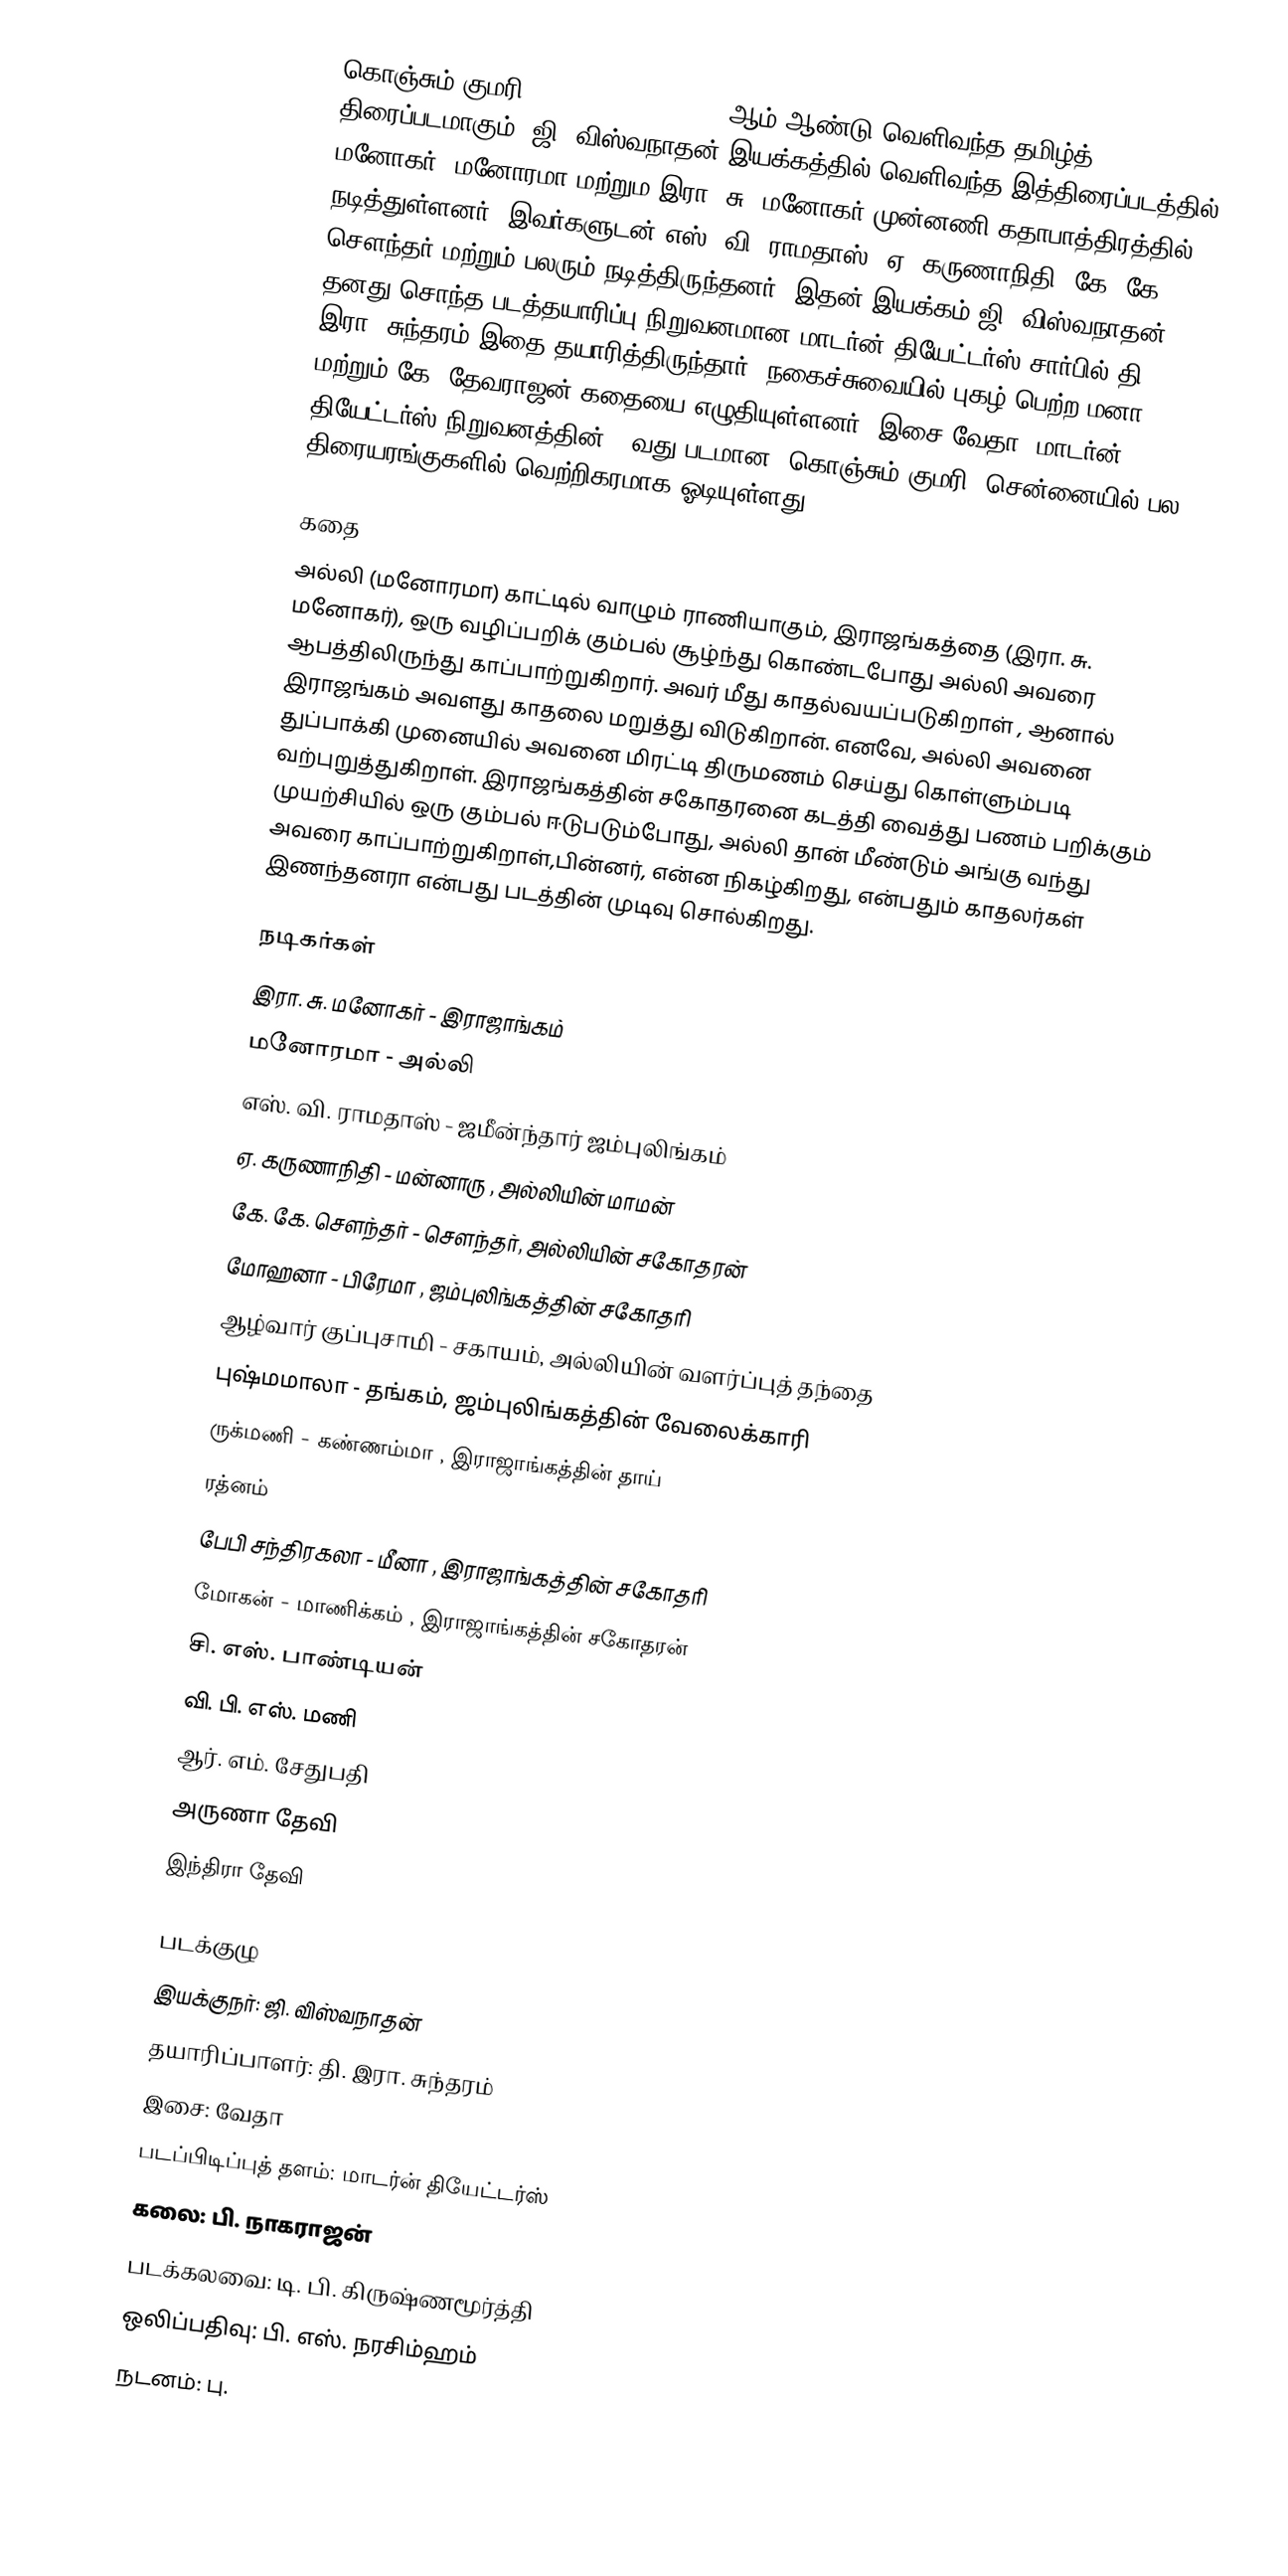
கொஞ்சும் குமரி (Konjum Kumari) 1963 ஆம் ஆண்டு வெளிவந்த தமிழ்த் திரைப்படமாகும். ஜி. விஸ்வநாதன் இயக்கத்தில் வெளிவந்த இத்திரைப்படத்தில் மனோகர், மனோரமா மற்றும இரா. சு. மனோகர்  முன்னணி கதாபாத்திரத்தில் நடித்துள்ளனர். இவர்களுடன் எஸ். வி. ராமதாஸ், ஏ. கருணாநிதி ,கே. கே. சௌந்தர் மற்றும் பலரும் நடித்திருந்தனர். இதன் இயக்கம் ஜி. விஸ்வநாதன், தனது சொந்த படத்தயாரிப்பு நிறுவனமான மாடர்ன் தியேட்டர்ஸ் சார்பில்  தி. இரா. சுந்தரம் இதை தயாரித்திருந்தார். நகைச்சுவையில் புகழ் பெற்ற மனா மற்றும் கே. தேவராஜன் கதையை எழுதியுள்ளனர். இசை வேதா.  மாடர்ன் தியேட்டர்ஸ் நிறுவனத்தின் 99வது படமான "கொஞ்சும் குமரி" சென்னையில் பல திரையரங்குகளில் வெற்றிகரமாக ஓடியுள்ளது .

கதை
அல்லி (மனோரமா) காட்டில் வாழும் ராணியாகும், இராஜங்கத்தை (இரா. சு. மனோகர்), ஒரு வழிப்பறிக் கும்பல் சூழ்ந்து கொண்டபோது அல்லி அவரை ஆபத்திலிருந்து காப்பாற்றுகிறார். அவர் மீது காதல்வயப்படுகிறாள் , ஆனால் இராஜங்கம் அவளது காதலை மறுத்து விடுகிறான். எனவே, அல்லி அவனை துப்பாக்கி முனையில் அவனை மிரட்டி திருமணம் செய்து கொள்ளும்படி வற்புறுத்துகிறாள். இராஜங்கத்தின் சகோதரனை கடத்தி வைத்து பணம் பறிக்கும் முயற்சியில் ஒரு கும்பல் ஈடுபடும்போது, அல்லி தான் மீண்டும் அங்கு வந்து அவரை காப்பாற்றுகிறாள்,பின்னர், என்ன நிகழ்கிறது, என்பதும் காதலர்கள் இணந்தனரா என்பது படத்தின் முடிவு சொல்கிறது.

நடிகர்கள்
 இரா. சு. மனோகர்   - இராஜாங்கம்
 மனோரமா  - அல்லி
 எஸ். வி. ராமதாஸ்  - ஜமீன்ந்தார் ஜம்புலிங்கம்
 ஏ. கருணாநிதி   - மன்னாரு , அல்லியின் மாமன்
 கே. கே. சௌந்தர் - சௌந்தர், அல்லியின் சகோதரன்
 மோஹனா  - பிரேமா , ஜம்புலிங்கத்தின் சகோதரி
 ஆழ்வார் குப்புசாமி - சகாயம், அல்லியின் வளர்ப்புத் தந்தை
 புஷ்மமாலா - தங்கம், ஜம்புலிங்கத்தின் வேலைக்காரி
 ருக்மணி  - கண்ணம்மா , இராஜாங்கத்தின் தாய்
 ரத்னம்
 பேபி சந்திரகலா - மீனா , இராஜாங்கத்தின் சகோதரி
 மோகன் - மாணிக்கம் , இராஜாங்கத்தின் சகோதரன்
 சி. எஸ். பாண்டியன்
 வி. பி. எஸ். மணி
 ஆர். எம். சேதுபதி
 அருணா தேவி
 இந்திரா தேவி

படக்குழு
 இயக்குநர்: ஜி. விஸ்வநாதன்
 தயாரிப்பாளர்: தி. இரா. சுந்தரம்
 இசை: வேதா
 படப்பிடிப்புத் தளம்: மாடர்ன் தியேட்டர்ஸ்
 கலை: பி. நாகராஜன்
 படக்கலவை: டி. பி. கிருஷ்ணமூர்த்தி
 ஒலிப்பதிவு: பி. எஸ். நரசிம்ஹம்
 நடனம்: பு.